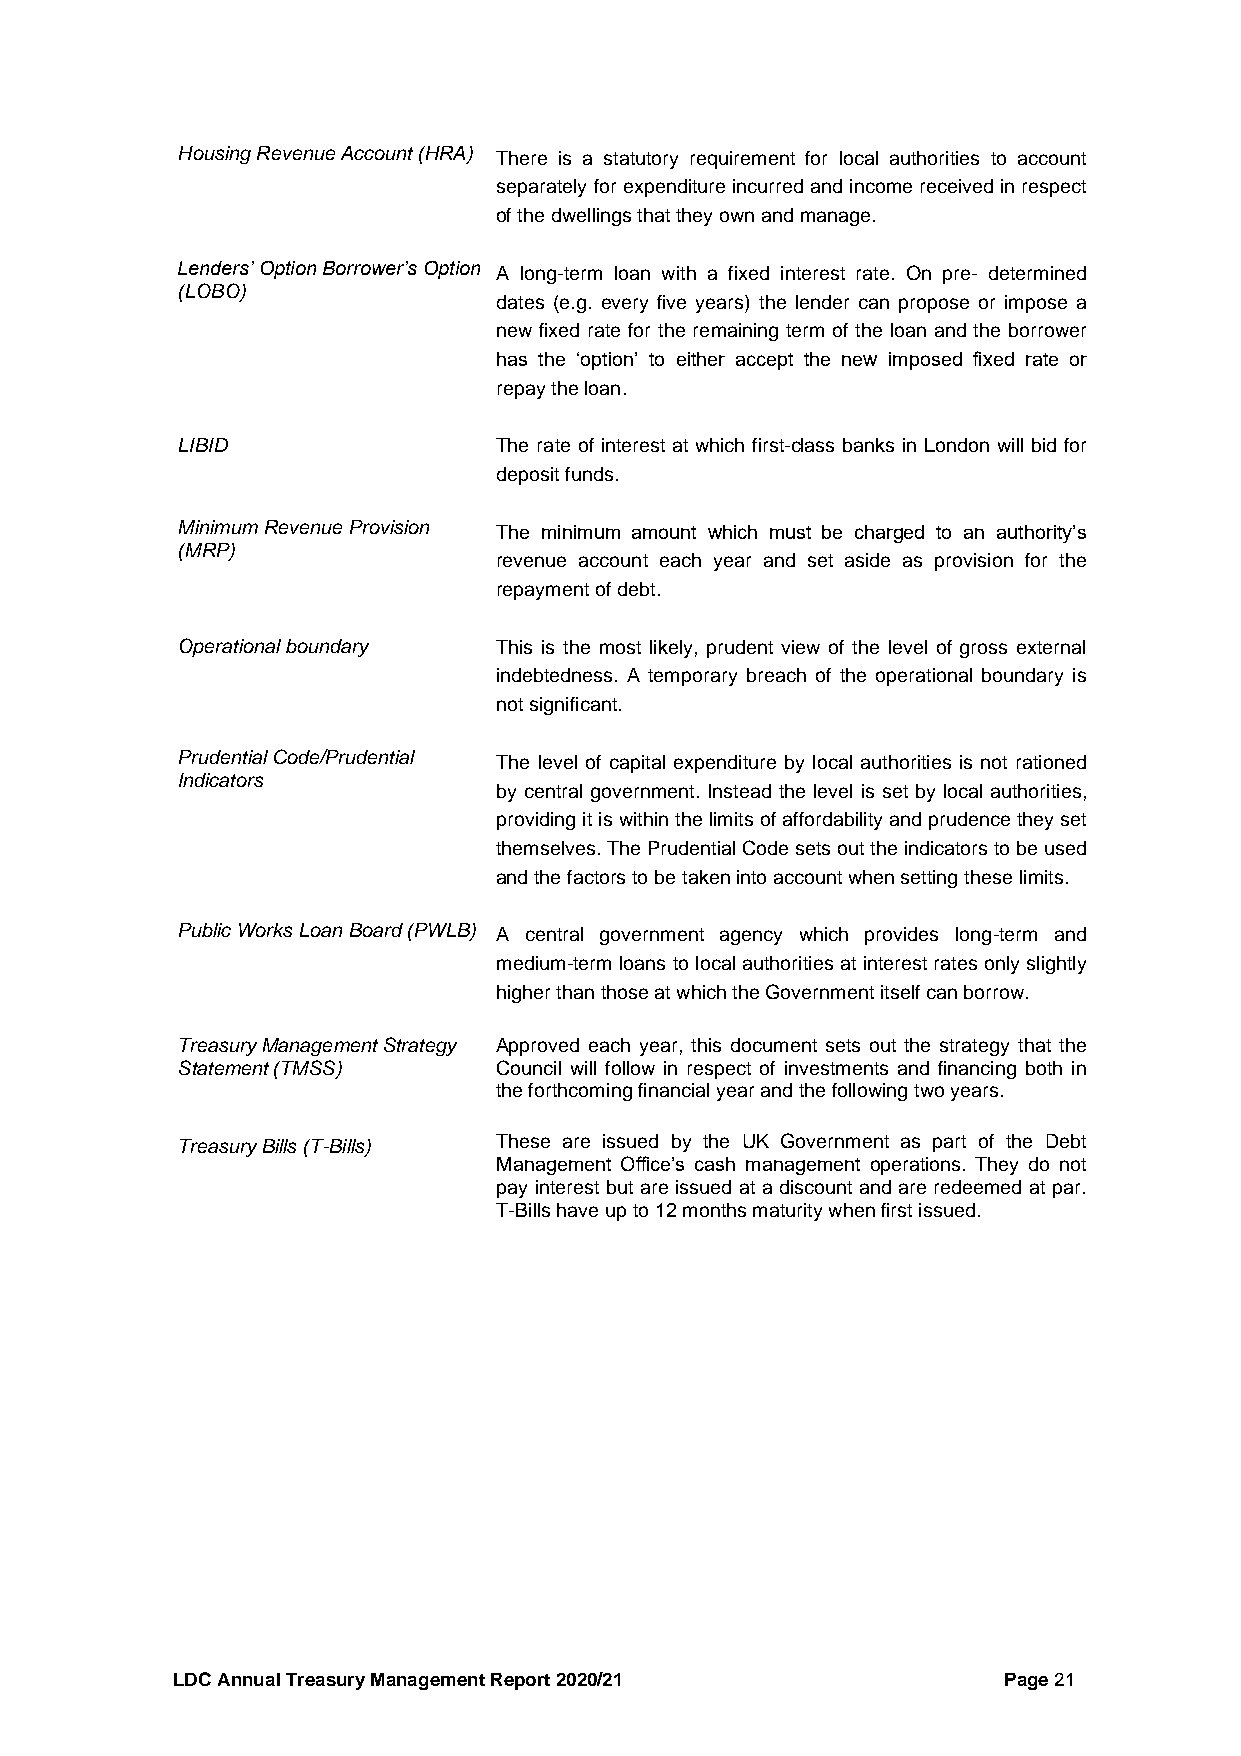
Housing Revenue Account (HRA) There is a statutory requirement for local authorities to account
 separately for expenditure incurred and income received in respect
 of the dwellings that they own and manage.
 Lenders’ Option Borrower’s Option A long-term loan with a fixed interest rate. On pre- determined
 (LOBO)
 dates (e.g. every five years) the lender can propose or impose a
 new fixed rate for the remaining term of the loan and the borrower
 has the ‘option’ to either accept the new imposed fixed rate or
 repay the loan.
 LIBID                The rate of interest at which first-class banks in London will bid for
 deposit funds.
 Minimum Revenue Provision The minimum amount which must be charged to an authority’s
 (MRP)
 revenue account each year and set aside as provision for the
 repayment of debt.
 Operational boundary This is the most likely, prudent view of the level of gross external
 indebtedness. A temporary breach of the operational boundary is
 not significant.
 Prudential Code/Prudential The level of capital expenditure by local authorities is not rationed
 Indicators
 by central government. Instead the level is set by local authorities,
 providing it is within the limits of affordability and prudence they set
 themselves. The Prudential Code sets out the indicators to be used
 and the factors to be taken into account when setting these limits.
 Public Works Loan Board (PWLB) A central government agency which provides long-term and
 medium-term loans to local authorities at interest rates only slightly
 higher than those at which the Government itself can borrow.
 Treasury Management Strategy Approved each year, this document sets out the strategy that the
 Statement (TMSS)     Council will follow in respect of investments and financing both in
 the forthcoming financial year and the following two years.
 Treasury Bills (T-Bills) These are issued by the UK Government as part of the Debt
 Management Office’s cash management operations. They do not
 pay interest but are issued at a discount and are redeemed at par.
 T-Bills have up to 12 months maturity when first issued.
 LDC Annual Treasury Management Report 2020/21          Page 21